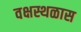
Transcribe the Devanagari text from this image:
वक्षस्थळास